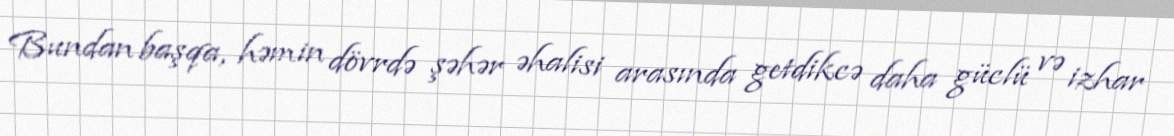
Bundan başqa, həmin dövrdə şəhər əhalisi arasında getdikcə daha güclü və izhar